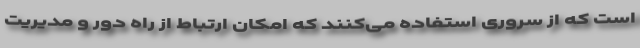
است که از سروری استفاده می‌کنند که امکان ارتباط از راه دور و مدیریت